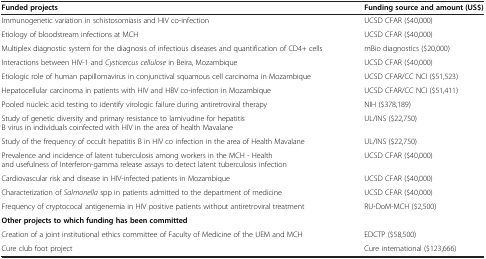
<table><thead><tr><td><b>Funded projects</b></td><td><b>Funding source and amount (US$)</b></td></tr></thead><tbody><tr><td>Immunogenetic variation in schistosomiasis and HIV co-infection</td><td>UCSD CFAR ($40,000)</td></tr><tr><td>Etiology of bloodstream infections at MCH</td><td>UCSD CFAR ($40,000)</td></tr><tr><td>Multiplex diagnostic system for the diagnosis of infectious diseases and quantification of CD4+ cells</td><td>mBio diagnostics ($20,000)</td></tr><tr><td>Interactions between HIV-1 and <i>Cysticercus cellulose</i> in Beira, Mozambique</td><td>UCSD CFAR ($40,000)</td></tr><tr><td>Etiologic role of human papillomavirus in conjunctival squamous cell carcinoma in Mozambique</td><td>UCSD CFAR/CC NCI ($51,523)</td></tr><tr><td>Hepatocellular carcinoma in patients with HIV and HBV co-infection in Mozambique</td><td>UCSD CFAR/CC NCI ($51,411)</td></tr><tr><td>Pooled nucleic acid testing to identify virologic failure during antiretroviral therapy</td><td>NIH ($378,189)</td></tr><tr><td>Study of genetic diversity and primary resistance to lamivudine for hepatitis B virus in individuals coinfected with HIV in the area of health Mavalane</td><td>UL/INS ($22,750)</td></tr><tr><td>Study of the frequency of occult hepatitis B in HIV co infection in the area of Health Mavalane</td><td>UL/INS ($22,750)</td></tr><tr><td>Prevalence and incidence of latent tuberculosis among workers in the MCH - Health and usefulness of Interferon-gamma release assays to detect latent tuberculosis infection</td><td>UCSD CFAR ($40,000)</td></tr><tr><td>Cardiovascular risk and disease in HIV-infected patients in Mozambique</td><td>UCSD CFAR ($40,000)</td></tr><tr><td>Characterization of <i>Salmonella</i> spp in patients admitted to the department of medicine</td><td>UCSD CFAR ($40,000)</td></tr><tr><td>Frequency of cryptococal antigenemia in HIV positive patients without antiretroviral treatment</td><td>RU-DoM-MCH ($2,500)</td></tr><tr><td><b>Other projects to which funding has been committed</b></td><td> </td></tr><tr><td>Creation of a joint institutional ethics committee of Faculty of Medicine of the UEM and MCH</td><td>EDCTP ($58,500)</td></tr><tr><td>Cure club foot project</td><td>Cure international ($123,666)</td></tr></tbody></table>